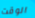
الوقت